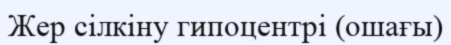
Жер сілкіну гипоцентрі (ошағы)